Dysentery and liver abscess in Bombay - Number 47
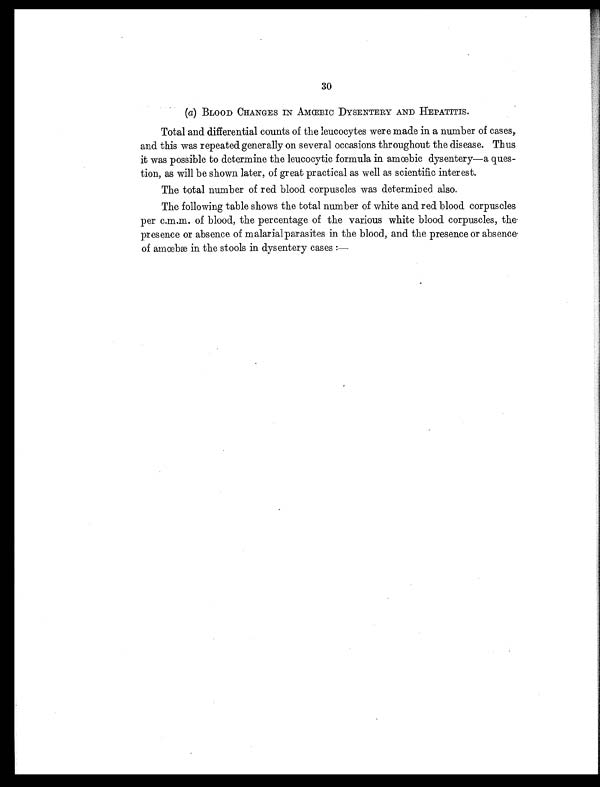
30
(a) BLOOD CHANGES IN AMŒBIC DYSENTERY AND HEPATITIS.
Total and differential counts of the leucocytes were made in a number of cases,
and this was repeated generally on several occasions throughout the disease. Thus
it was possible to determine the leucocytic formula in amœbic dysentery—a ques-
tion, as will be shown later, of great practical as well as scientific interest.
The total number of red blood corpuscles was determined also.
The following table shows the total number of white and red blood corpuscles
per c.m.m. of blood, the percentage of the various white blood corpuscles, the
presence or absence of malarial parasites in the blood, and the presence or absence
o f a mœb æ i n t h e s t o o l s i n d y s e n t e r y c a s e s : —